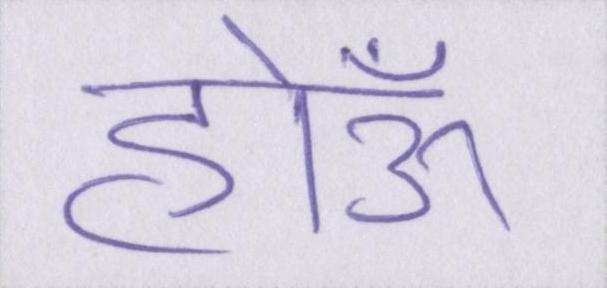
होऊँ